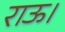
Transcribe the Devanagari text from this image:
राऊ।